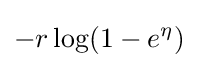
-r\log(1-e^{\eta })